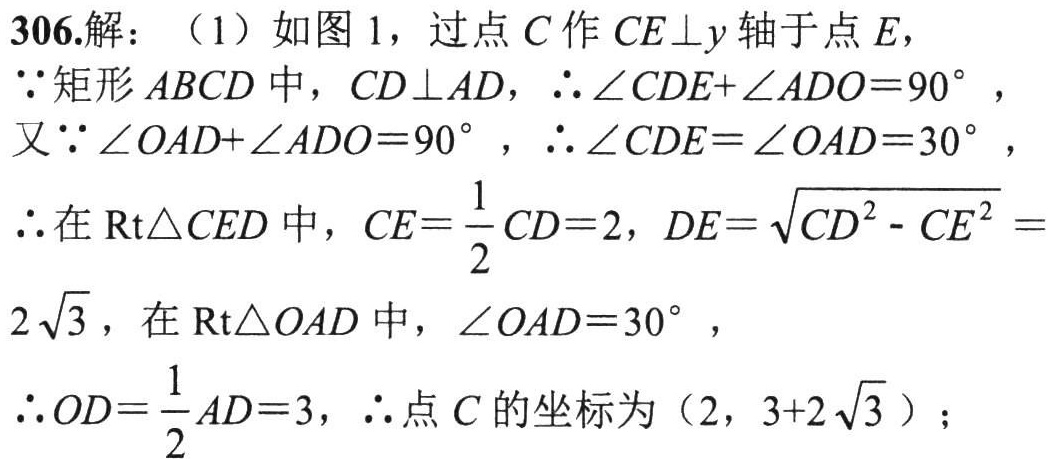
306.解：（1）如图1，过点 \(C\) 作 \(CE\perp y\) 轴于点 \(E\)，
\(\because\) 矩形 \(ABCD\) 中，\(CD\perp AD\)，\(\therefore\angle CDE+\angle ADO = 90^{\circ}\)，
又\(\because\angle OAD+\angle ADO = 90^{\circ}\)，\(\therefore\angle CDE=\angle OAD = 30^{\circ}\)，
\(\therefore\) 在 \(\text{Rt}\triangle CED\) 中，\(CE=\frac{1}{2}CD = 2\)，\(DE=\sqrt{CD^{2}-CE^{2}}=\)
\(2\sqrt{3}\)，在 \(\text{Rt}\triangle OAD\) 中，\(\angle OAD = 30^{\circ}\)，
\(\therefore OD=\frac{1}{2}AD = 3\)，\(\therefore\) 点 \(C\) 的坐标为 \((2,3 + 2\sqrt{3})\)；